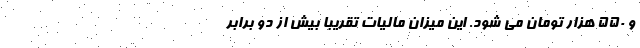
و 550 هزار تومان می شود. این میزان مالیات تقریبا بیش از دو برابر